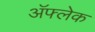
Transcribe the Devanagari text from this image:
अॅफ्लेक